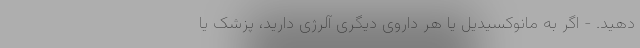
دهید. - اگر به مانوکسیدیل یا هر داروی دیگری آلرژی دارید، پزشک یا